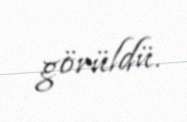
görüldü.